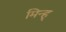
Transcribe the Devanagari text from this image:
मिन्ह्